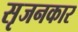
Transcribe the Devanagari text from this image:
सृजनकार